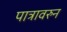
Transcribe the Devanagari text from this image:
पात्रावरुन